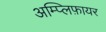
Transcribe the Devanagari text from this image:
अम्प्लिफ़ायर